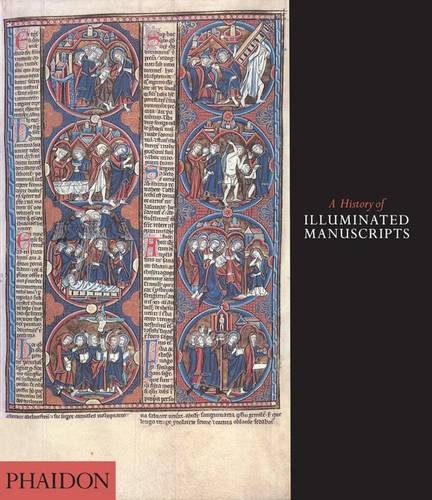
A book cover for A History of Illuminated Manuscripts; Christopher De Hamel; Literature & Fiction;